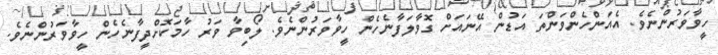
ހީވާވަރުންނެވެ. އެއަންހެންވަންތަ އަޑުން އޭނައަށް ގޮވާލަފާނެހެން ހީވާވަރުންނެވެ. ލޯބިވާ ވަރު ހާމަކޮށްދީފާނެހެން ހީވާވަރުންނެވެ.